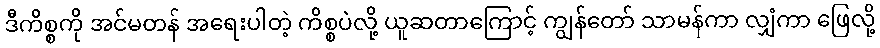
ဒီကိစ္စကို အင်မတန် အရေးပါတဲ့ ကိစ္စပဲလို့ ယူဆတာကြောင့် ကျွန်တော် သာမန်ကာ လျှံကာ ဖြေလို့